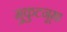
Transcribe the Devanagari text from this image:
मुकुटनूमा